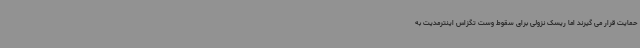
حمایت قرار می گیرند اما ریسک نزولی برای سقوط وست تگزاس اینترمدیت به